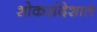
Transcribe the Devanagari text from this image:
शोकसंदेशात